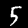
Digit: 5